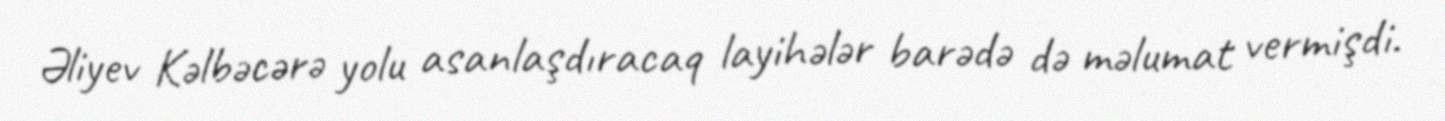
Əliyev Kəlbəcərə yolu asanlaşdıracaq layihələr barədə də məlumat vermişdi.